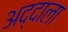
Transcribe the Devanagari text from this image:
अद्दाला